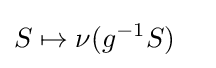
S\mapsto \nu (g^{-1}S)\quad